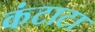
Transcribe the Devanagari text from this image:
कंटाटा